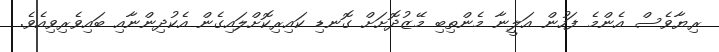
ރިޔާވެސް އެންމެ ފަހުން އަލީނާ މެންތިބި މޭޒުދޮށަށް ގޮނޑި ކައިރިކޮށްލައިގެން އެކުދިންނާއި ބައިވެރިވިއެވެ.